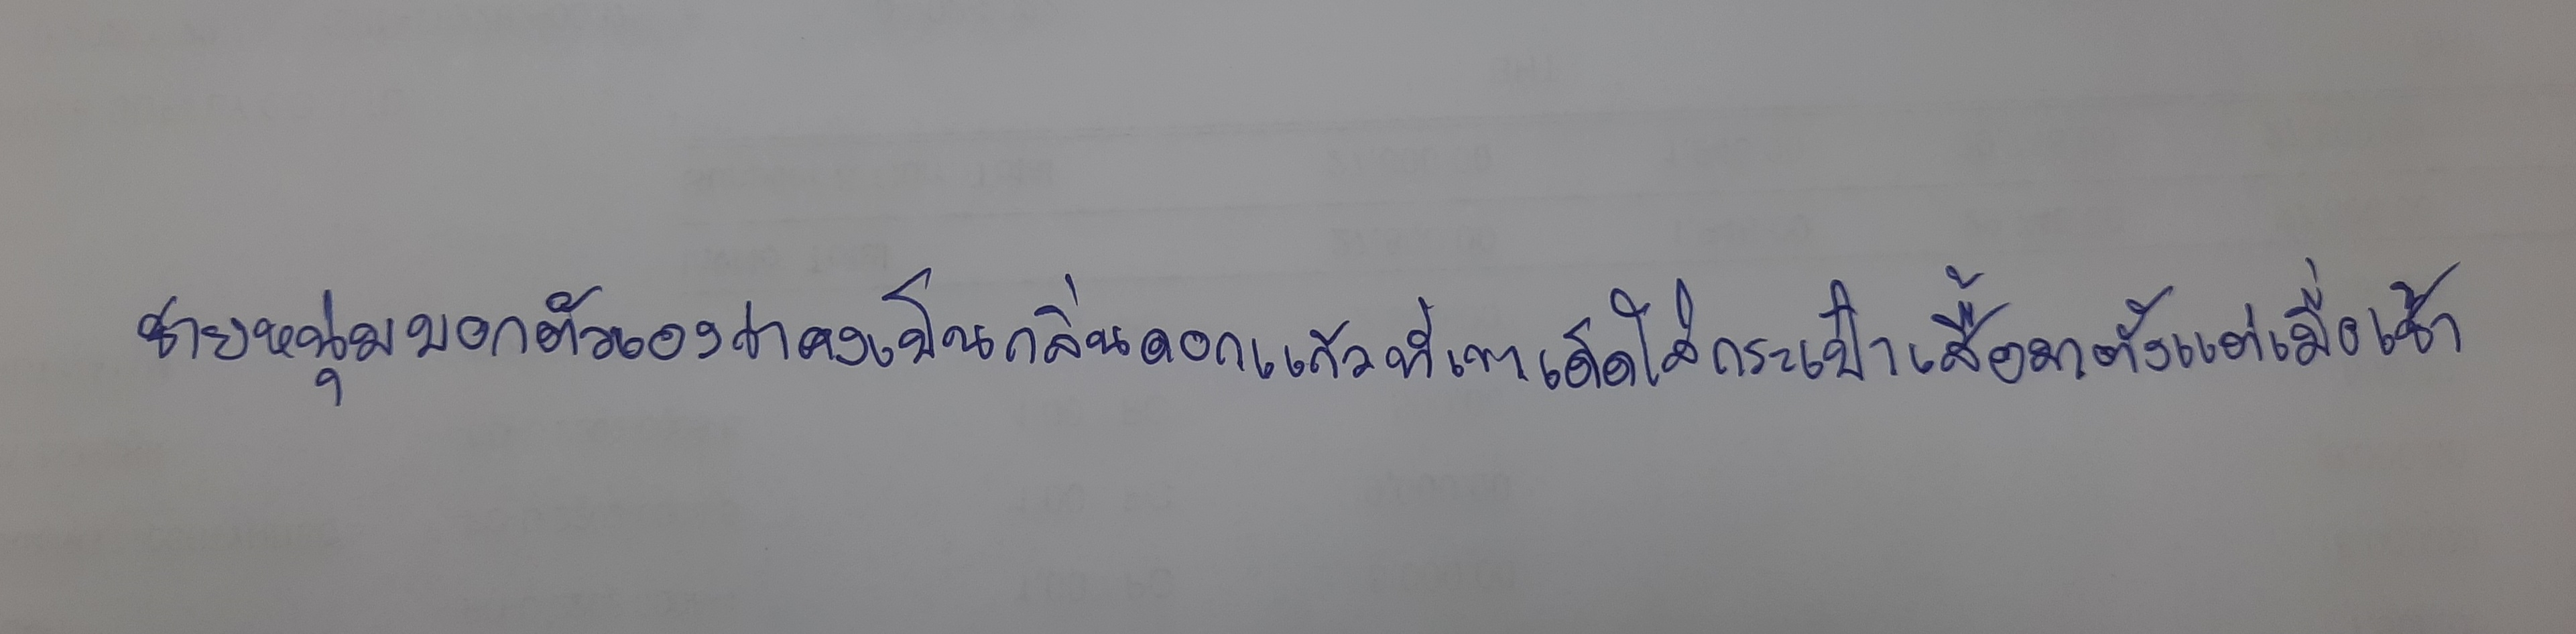
ชายหนุ่มบอกตัวเองว่าคงเป็นกลิ่นดอกแก้วที่เขาเด็ดใส่กระเป๋าเสื้อมาตั้งแต่เมื่อเช้า